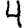
Digit: 4